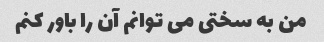
من به سختی می توانم آن را باور کنم